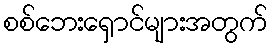
စစ်ဘေးရှောင်များအတွက်